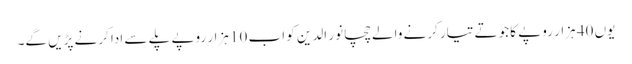
یوں 40 ہزار روپے کا جوتے تیار کرنے والے چچا نور الدین کو اب 10 ہزار روپے پلے سے ادا کرنے پڑیں گے۔